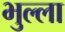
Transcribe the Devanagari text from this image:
भुल्ला